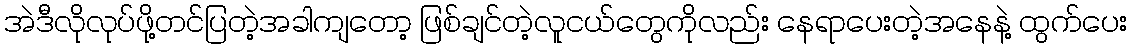
အဲဒီလိုလုပ်ဖို့တင်ပြတဲ့အခါကျတော့ ဖြစ်ချင်တဲ့လူငယ်တွေကိုလည်း နေရာပေးတဲ့အနေနဲ့ ထွက်ပေး